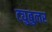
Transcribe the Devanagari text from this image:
ट्युबुलर